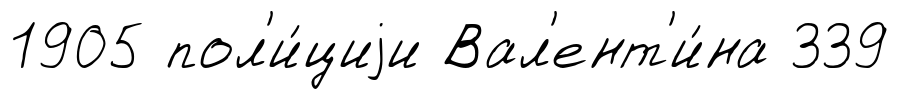
1905 пол'и́циjи Вал'ент'и́на 339